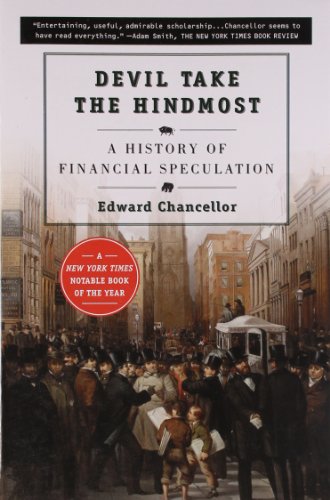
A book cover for Devil Take the Hindmost:  a History of Financial Speculation; Edward Chancellor; Business & Money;